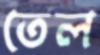
তেল